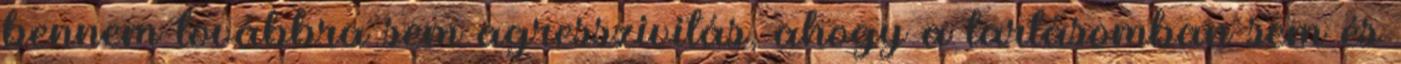
bennem továbbra sem agresszivitás, ahogy a tartásomban sem és